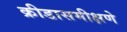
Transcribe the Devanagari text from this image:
क्रीडासमीक्षणे